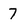
Character: 7